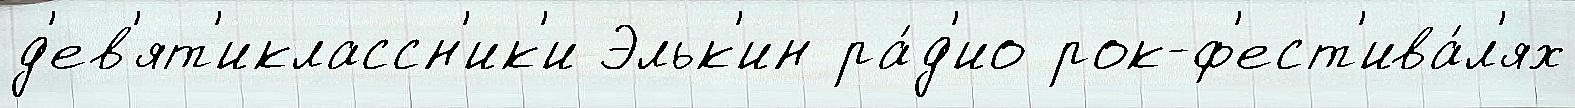
д'ев'ят'иклассн'ик'и Эльк'ин ра́д'ио рок-ф'ест'ива́л'ях